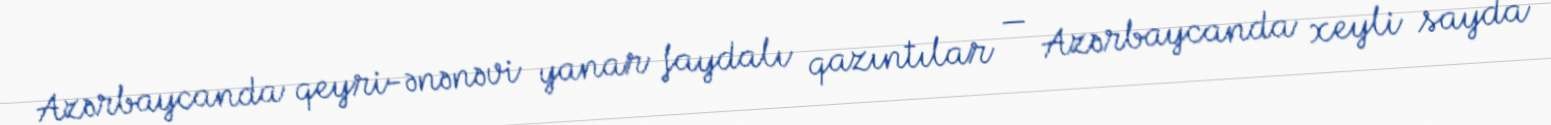
Azərbaycanda qeyri-ənənəvi yanar faydalı qazıntılar — Azərbaycanda xeyli sayda